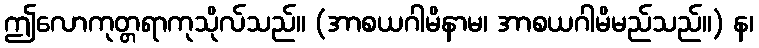
ဤလောကုတ္တရာကုသိုလ်သည်။ (အာစယဂါမိနာမ၊ အာစယဂါမိမည်သည်။) န၊